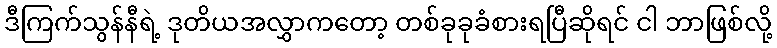
ဒီကြက်သွန်နီရဲ့ ဒုတိယအလွှာကတော့ တစ်ခုခုခံစားရပြီဆိုရင် ငါ ဘာဖြစ်လို့